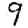
Digit: 9